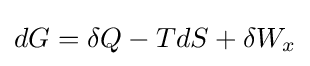
dG=\delta Q-TdS+\delta W_{x}